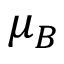
\mu _ { B }